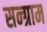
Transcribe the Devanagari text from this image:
सन्ग्राम